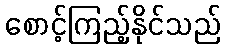
စောင့်ကြည့်နိုင်သည်